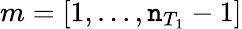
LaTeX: m=[1,...,\mathtt{n}_{T_{1}}-1]